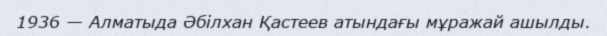
1936 — Алматыда Әбілхан Қастеев атындағы мұражай ашылды.